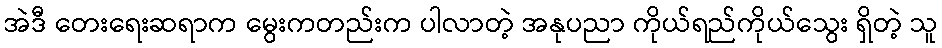
အဲဒီ တေးရေးဆရာက မွေးကတည်းက ပါလာတဲ့ အနုပညာ ကိုယ်ရည်ကိုယ်သွေး ရှိတဲ့ သူ